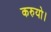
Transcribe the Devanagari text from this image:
करुयो।